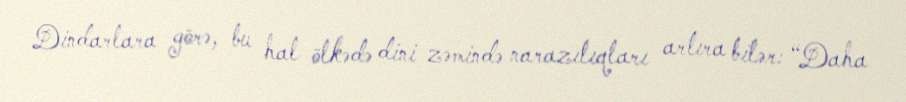
Dindarlara görə, bu hal ölkədə dini zəmində narazılıqları artıra bilər: “Daha